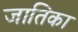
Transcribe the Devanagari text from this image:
जातिका